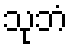
သုဘံ